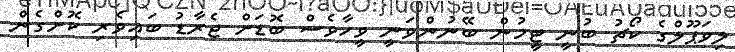
ލިވަޕޫލްގެ ކޯޗު ބުނީ ޓީމުން ބޭނުންވަނީ ވީހާވެސް ބޮޑަށް ޖެރާޑު ބައިވެރި ކޮށްގެން